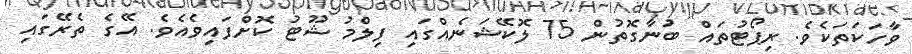
ވާހަކަތަކެވެ. ރިޕޯޓުތައް ބުނާގޮތުން 75 ލޮކޭޝަނެއްގައި ފިލްމު ޝޫޓު ކޮށްފައިވެއެވެ. އޭގެ ތެރޭގައި